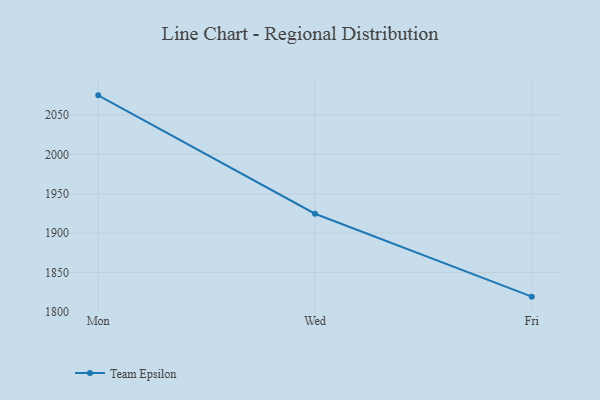
{"axis": {"x": "Day", "y": "Latency (ms)"}, "legend": ["Team Epsilon"], "data": [{"x": "Mon", "y": 2074.9, "type": "Team Epsilon"}, {"x": "Wed", "y": 1924.7, "type": "Team Epsilon"}, {"x": "Fri", "y": 1819.5, "type": "Team Epsilon"}]}